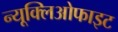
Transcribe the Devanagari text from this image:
न्यूक्लिओफाइट